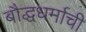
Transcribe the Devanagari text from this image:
बौद्धधर्माची